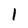
Character: 1